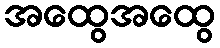
အထွေအထွေ